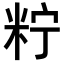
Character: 𥹍